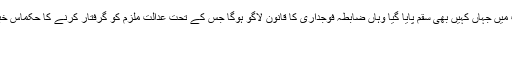
عدالت کا کہنا ہے کہ خصوصی عدالت کے ایکٹ میں جہاں کہیں بھی سقم پایا گیا وہاں ضابطہ فوجداری کا قانون لاگو ہوگا جس کے تحت عدالت ملزم کو گرفتار کرنے کا حکماس خبر کی تفصیل پڑھنے کیلئے یہاں پر کلک کیجئے
10/01/2014 - 11:56:52 :وقت اشاعت
:متعلقہ عنوان فوجغداری